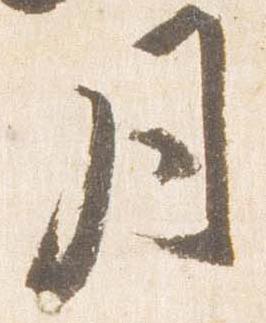
月